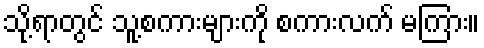
သို့ရာတွင် သူ့စကားများကို စကားလက် မကြား။